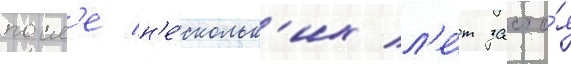
посл'е н'е́скольк'их л'е́т засто́я